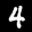
Label: 4